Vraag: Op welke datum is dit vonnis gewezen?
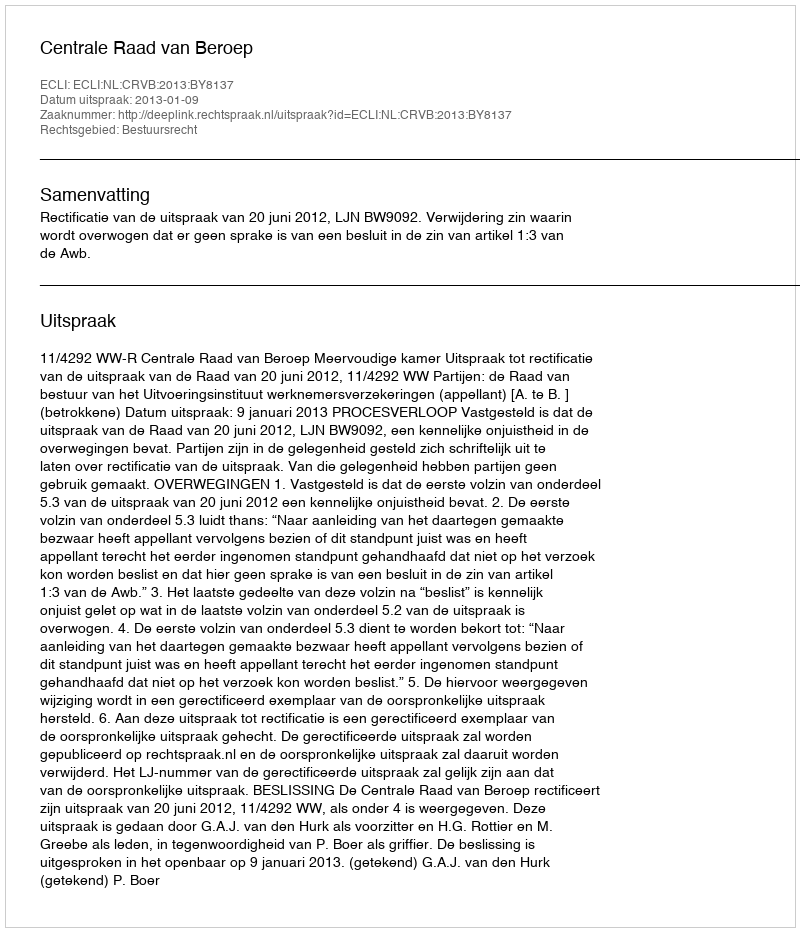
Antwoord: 2013-01-09